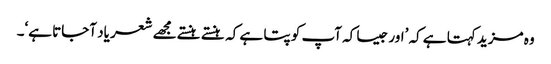
وہ مزید کہتا ہے کہ ’اور جیسا کہ آپ کو پتا ہے کہ ہنستے ہنستے مجھے شعر یاد آجاتا ہے‘۔